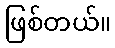
ဖြစ်တယ်။